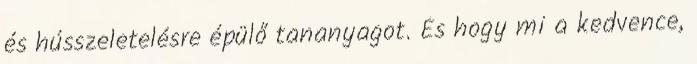
és hússzeletelésre épülő tananyagot. És hogy mi a kedvence,